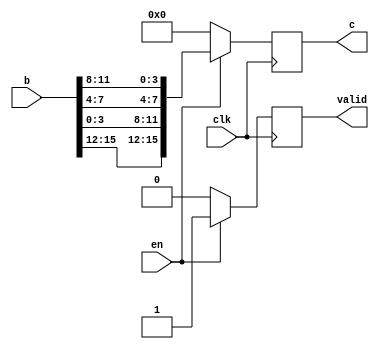
`timescale 1ns / 1ps
//////////////////////////////////////////////////////////////////////////////////
// Company: 
// Engineer: 
// 
// Design Name: 
// Module Name: shiftRow
// Project Name: 
// Target Devices: 
// Tool Versions: 
// Description: 
// 
// Dependencies: 
// 
// Revision:
// Revision 0.01 - File Created
// Additional Comments:
// 
//////////////////////////////////////////////////////////////////////////////////


module shiftRow(
    input [15:0] b, 
    input clk,
    input en,
    output reg valid,
    output reg [15:0] c
    );
     always@(posedge clk)
        begin
//if enable shift row using concatenation 
            if (en) begin
                c <= {b[15:12],b[3:0],b[7:4],b[11:8]};
                valid <= 1'b1;
            end
         else begin 
            c <=16'b0000000000000000;
            valid <= 1'b0;
         end
          
        end
endmodule